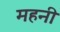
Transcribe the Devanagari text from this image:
महनी